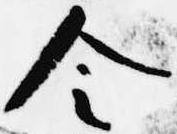
令